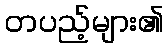
တပည့်များ၏